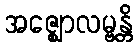
အဇ္ဈောလမ္ဗန္တိ